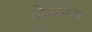
ઠોયાણા